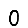
Digit: 0